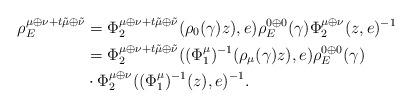
LaTeX: \begin{align*} \rho_E^{\mu\oplus\nu+t\tilde\mu\oplus\tilde\nu}& =\Phi_2^{\mu\oplus\nu+t\tilde\mu\oplus\tilde\nu}( \rho_{0}(\gamma) z),e)\rho_E^{0\oplus0}(\gamma) \Phi_2^{\mu\oplus\nu}(z,e)^{-1}\\ &=\Phi_2^{\mu\oplus\nu+t\tilde\mu\oplus\tilde\nu}((\Phi_1^{\mu})^{-1}( \rho_{\mu}(\gamma) z),e)\rho_E^{0\oplus0}(\gamma)\\ &\cdot \Phi_2^{\mu\oplus\nu}((\Phi_1^{\mu})^{-1}(z),e)^{-1}.\end{align*}